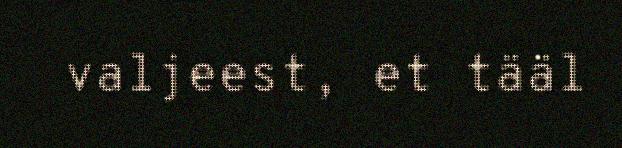
valjeest, et tääl